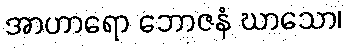
အာဟာရော ဘောဇနံ ဃာသော၊